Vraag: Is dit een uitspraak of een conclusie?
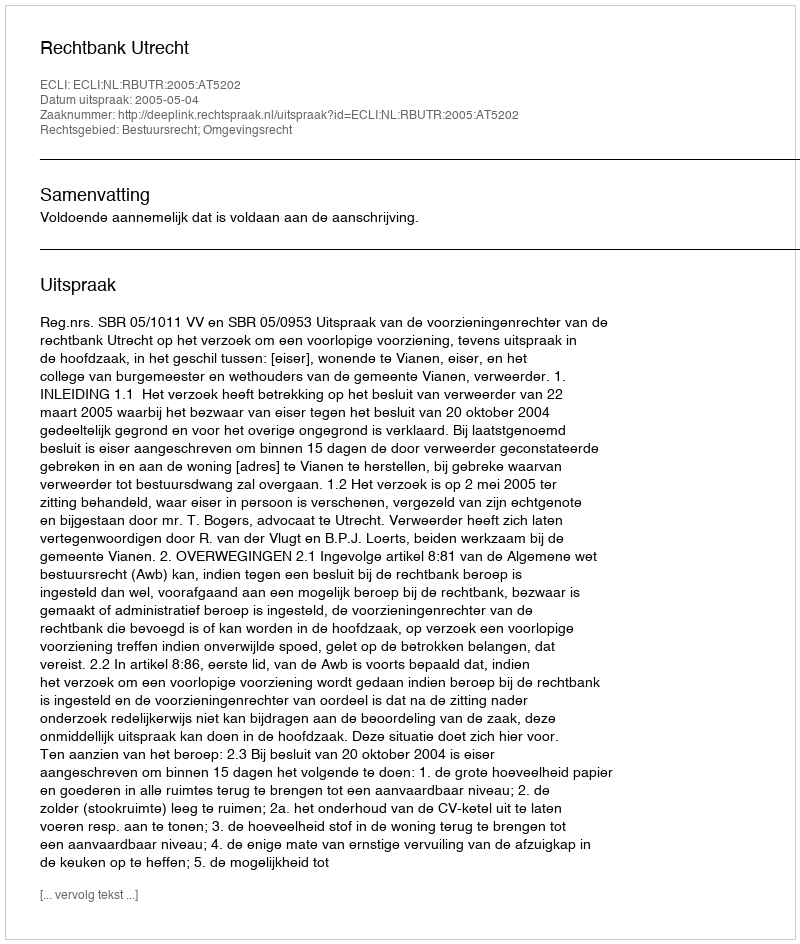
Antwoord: Uitspraak